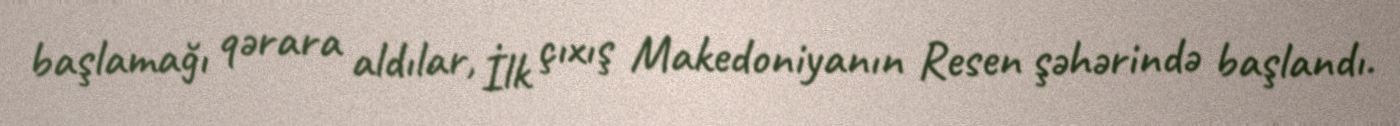
başlamağı qərara aldılar, İlk çıxış Makedoniyanın Resen şəhərində başlandı.